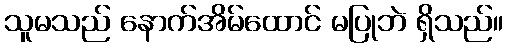
သူမသည် နောက်အိမ်ထောင် မပြုဘဲ ရှိသည်။